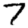
Digit: 7